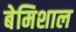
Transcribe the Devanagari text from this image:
बेमिशाल